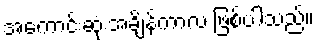
အကောင်းဆုံးအချိန်ကာလ ဖြစ်ပါသည်။